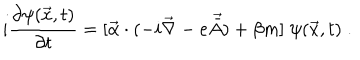
i \frac { \partial \psi ( \vec { x } , t ) } { \partial t } = [ { \vec { \alpha } } \cdot ( - i \vec { \nabla } - e \vec { \bar { A } } ) + \beta m ] \; \psi ( \vec { x } , t ) \; .